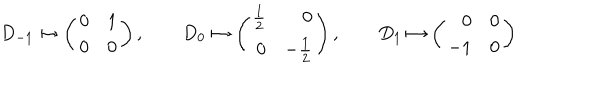
LaTeX: D _ { - 1 } \mapsto \left( \begin{array} { r r } { { 0 } } & { { 1 } } \\ { { 0 } } & { { 0 } } \\ \end{array} \right) , \qquad D _ { 0 } \mapsto \left( \begin{array} { r r } { { { \textstyle \frac 1 2 } } } & { { 0 } } \\ { { 0 } } & { { - { \textstyle \frac 1 2 } } } \\ \end{array} \right) , \qquad D _ { 1 } \mapsto \left( \begin{array} { r r } { { 0 } } & { { 0 } } \\ { { - 1 } } & { { 0 } } \\ \end{array} \right)